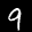
Label: 9